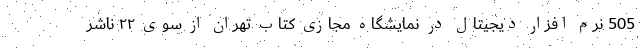
505 نرم افزار دیجیتال در نمایشگاه مجازی کتاب تهران از سوی ۲۲ ناشر